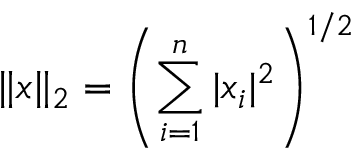
\| x \| _ { 2 } = \left( \sum _ { i = 1 } ^ { n } | x _ { i } | ^ { 2 } \right) ^ { 1 / 2 }